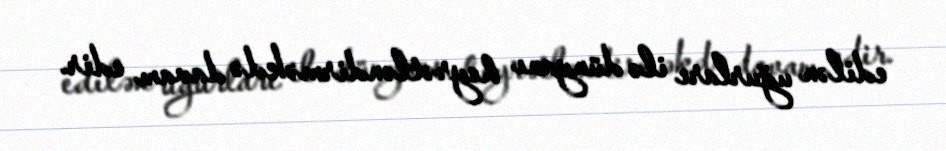
edilən uğurları ilə dünyanı heyrətləndirməkdə davam edir.